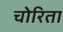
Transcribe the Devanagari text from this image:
चोरिता